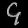
Digit: ၄